Annual administration report of the Civil Veterinary Department of India - 1905-1906
Year: 1905
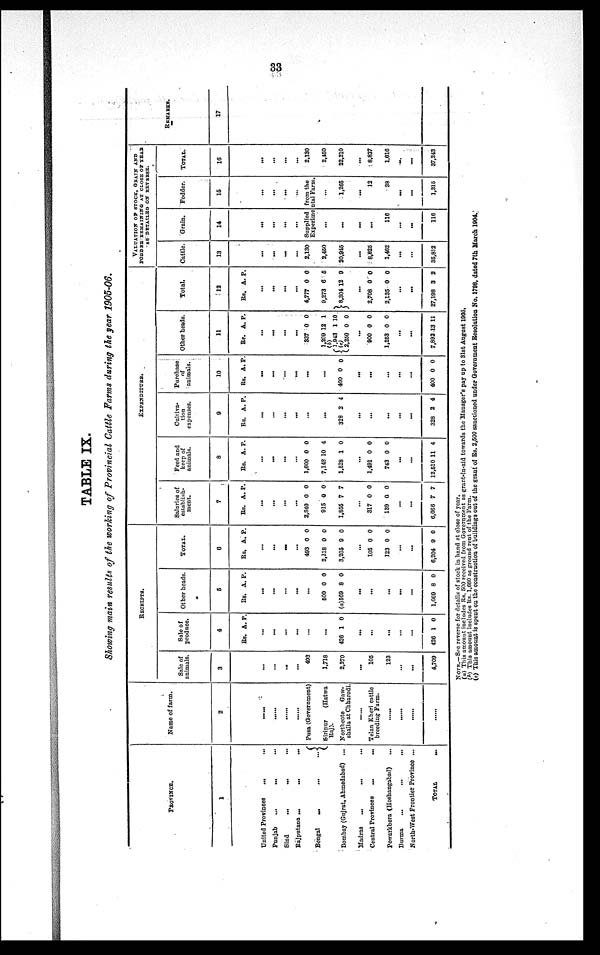
33
TABLE IX.
Showing main results of the working of Provincial Cattle Farms during the year 1905-06.
PROVINCE.
1
United Provinces
... ...
Punjab
...
... ...
Sind
Rajputana ...
...
...
Bengal
...
...
...
...
Bombay (Gujrat, Ahmedabad) ...
Madras
...
... ...
Central Provinces
... ...
Powarkhera (Hosbangabad) ...
Burma
...
... ...
North-West Frontier Province ...
TOTAL
...
Name of farm.
2
.....
.....
.....
.....
Pusa (Government)
Siripur
(Hatwa
Raj).
Northcote
Gaw-
shalla at Chharodi.
.....
Telan Kheri cattle
breeding Farm.
.....
.....
.....
.....
RECEIPTS.
Sale of
animals.
3
...
...
...
...
493
1,718
2,270
...
105
123
...
...
4,709
Sale of
produce.
4
Rs. A. P.
...
...
...
...
...
...
426 1 0
...
...
...
...
...
426 1 0
Other heads.
5
Rs. A. P.
...
...
...
...
...
600
(a)569
0
8
0
0
...
...
...
...
...
1,069 8 0
TOTAL
6
Rs. A. P.
...
...
...
...
493
2,218
3,235
0
0
9
0
0
0
...
105
123
0
0
0
0
...
...
6,204 9 0
EXPENDITURE.
Salaries of
establish-
ment.
7
Rs. A. P.
...
...
...
...
2.840
915
1,855
0
0
7
0
0
7
...
317
139
0
0
0
0
...
...
6,066 7 7
Feed and
keep of
animals.
8
Rs. A. P.
...
...
...
...
1,600
7,145
1,528
0
10
1
0
4
0
...
1,491
743
0
0
0
0
...
...
12,510 1 1 4
Cultiva-
tion
expenses.
9
Rs. A. P.
...
...
...
...
...
...
328 2 4
...
...
...
...
...
323 2 4 J
Purchase
of
animals.
10
Rs. A. P.
...
...
...
...
...
...
400 0 0
...
...
...
...
...
400 0 0
Other heads.
11
Be. A. P.
...
...
...
...
337
1,209
(b)
1,943
2,250
0
12
1
0
0
1
10
0
...
900
1,253
0
0
0
0
...
...
7,892 13 11
Total.
12
Rs. A. P.
...
...
...
...
4,777
9,273
8,301
0
6
12
0
6
9
...
2,708
2,135
0
0
0
0
...
...
27,198 3 2
VALUATION OF STOCK, GRAIN AND FODDER REMAINING AT CLOSE OF YEAR
AS DETAILED ON REVERSE.
Cattle.
13
...
...
...
...
2,130
2,460
20,945
...
8,825
1,462
...
...
35,812
Grain.
14
...
...
...
...
Fodder.
15
...
...
...
...
Supplied
Experime
from the
ntal Farm.
...
...
...
...
116
...
...
116
...
1,265
...
12
38
...
...
1,315
TOTAL.
16
...
...
...
...
2,130
2,450
22,210
...
8,837
1,616
...
...
37,243
REMARKS.
17
NOTE.—See reverse for details of stock in hand at close of year.
(a) This amount includes Rs. 500 received from Government as grant-in-aid towards the Manager's pay up to 31st August 1905.
(b) This amount includes Rs. 1,660 as ground rent of the Farm.
(c) This amount is spent on the construction of buildings out of the grant of Rs. 2,500 sanctioned under Government Resolution No. 1798, dated 7th March 1904.